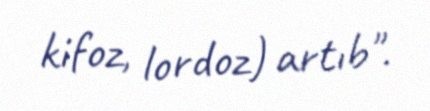
kifoz, lordoz) artıb".